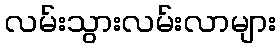
လမ်းသွားလမ်းလာများ